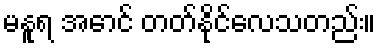
မနူရ အောင် တတ်နိုင်လေသတည်း။